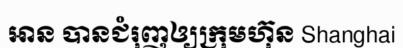
អាន បានជំរុញឲ្យក្រុមហ៊ុន Shanghai